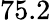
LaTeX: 75.2